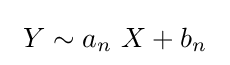
\ Y\sim a_{n}\ X+b_{n}\